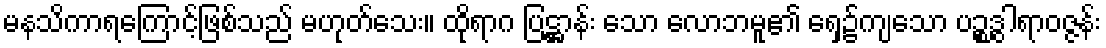
မနသိကာရကြောင့်ဖြစ်သည် မဟုတ်သေး။ ထိုရာဂ ပြဋ္ဌာန်း သော လောဘမူ၏ ရှေ့၌ကျသော ပဉ္စဒွါရာဝဇ္ဇန်း